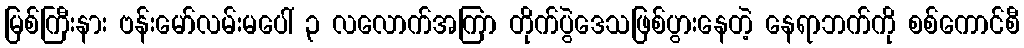
မြစ်ကြီးနား ဗန်းမော်လမ်းမပေါ် ၃ လလောက်အကြာ တိုက်ပွဲဒေသဖြစ်ပွားနေတဲ့ နေရာဘက်ကို စစ်ကောင်စီ